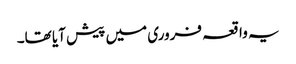
یہ واقعہ فروری میں پیش آیا تھا۔